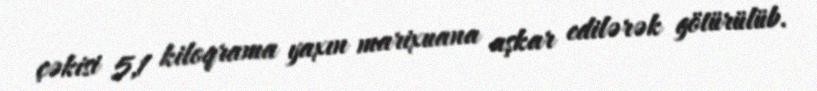
çəkisi 5,1 kiloqrama yaxın marixuana aşkar edilərək götürülüb.